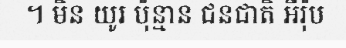
។ មិន យូរ ប៉ុន្មាន ជនជាតិ អឺរ៉ុប